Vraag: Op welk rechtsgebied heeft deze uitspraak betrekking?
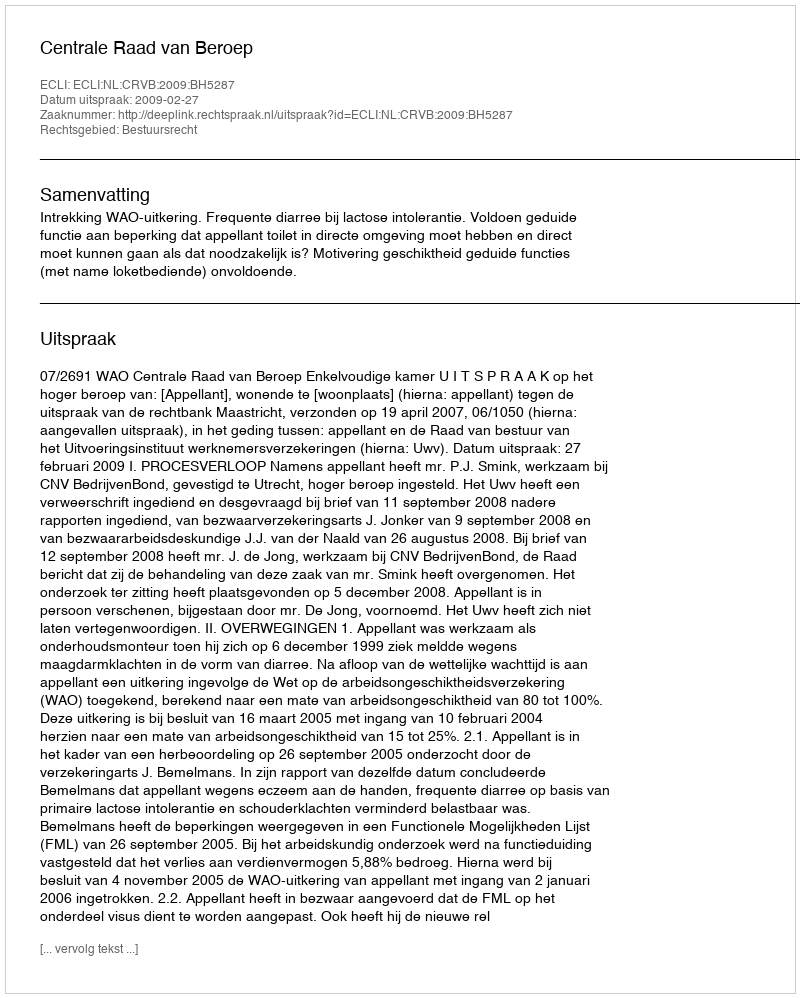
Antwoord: Bestuursrecht